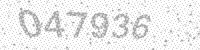
Solution: 047936